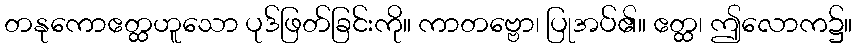
တနုကောဧတ္ထဟူသော ပုဒ်ဖြတ်ခြင်းကို။ ကာတဗ္ဗော၊ ပြုအပ်၏။ ဧတ္ထ၊ ဤလောက၌။